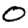
Digit: 0